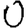
Digit: 0